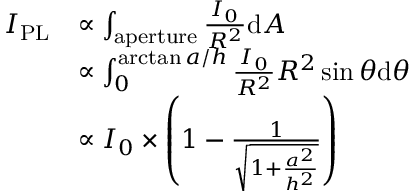
\begin{array} { r l } { I _ { \mathrm { P L } } } & { \propto \int _ { \mathrm { a p e r t u r e } } \frac { I _ { 0 } } { R ^ { 2 } } \mathrm { d } A } \\ & { \propto \int _ { 0 } ^ { \arctan { a / h } } \frac { I _ { 0 } } { R ^ { 2 } } R ^ { 2 } \sin \theta \mathrm { d } \theta } \\ & { \propto I _ { 0 } \times \left( 1 - \frac { 1 } { \sqrt { 1 + \frac { a ^ { 2 } } { h ^ { 2 } } } } \right) } \end{array}